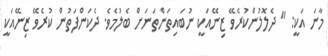
މާނަ އަކީ: " ދެލޮލުންކުރެވޭ ޒިނޭއަކީ ނުބައިތަންތަނަށް ބެލުމެވެ. ދެކަންފަތުން ކުރެވޭ ޒިނޭއަކީ